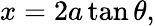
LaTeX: x=2a\tan\theta,